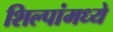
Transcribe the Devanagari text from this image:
शिल्पांमध्ये